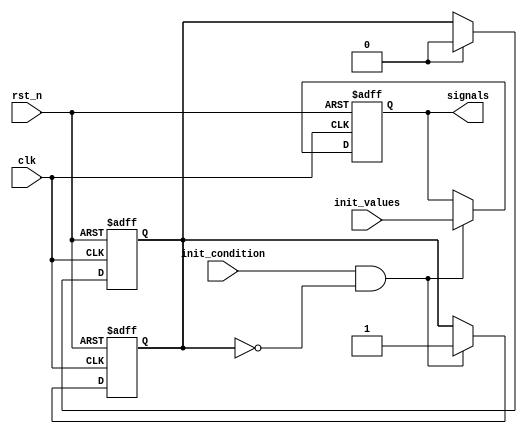
module ConditionalInitialization #(
    parameter NUM_SIGNALS = 4  // Number of signals to initialize
)(
    input wire clk,             // Clock signal
    input wire rst_n,           // Active low reset
    input wire init_condition,   // Condition to trigger initialization
    input wire [NUM_SIGNALS-1:0] init_values, // Values to initialize signals
    output reg [NUM_SIGNALS-1:0] signals // Output signals
);

    // State variable to track initialization status
    reg initialized;

    // Always block for initialization logic
    always @(posedge clk or negedge rst_n) begin
        if (!rst_n) begin
            // Reset condition: clear signals and initialization status
            signals <= 0;
            initialized <= 0;
        end else if (init_condition && !initialized) begin
            // Conditional initialization: only if the condition is met and not already initialized
            signals <= init_values;  // Assign initialization values
            initialized <= 1;         // Set initialized flag
        end
        // Additional logic can be added here to handle other states or conditions
    end

    // Optional: Logic to reset initialization status based on external conditions
    always @(posedge clk or negedge rst_n) begin
        if (!rst_n) begin
            initialized <= 0; // Reset initialized flag on reset
        end else if (some_other_condition) begin
            initialized <= 0; // Reset initialization status based on some condition
        end
    end

endmodule